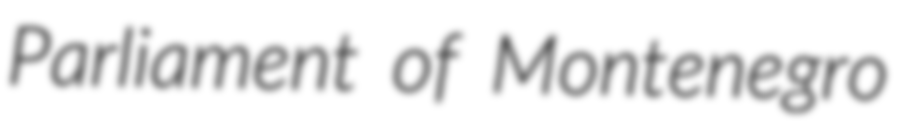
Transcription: Parliament of Montenegro